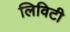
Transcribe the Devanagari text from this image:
लिविटी